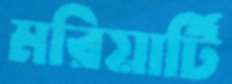
মরিয়ার্টি